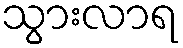
သွားလာရ